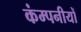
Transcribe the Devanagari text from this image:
कंम्पनीयों